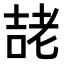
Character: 𭈱